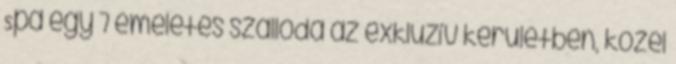
Spa egy 7 emeletes szálloda az exkluzív kerületben, közel